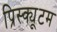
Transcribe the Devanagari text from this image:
प्रिस्क्यूटम